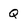
Character: Q